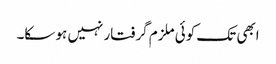
ابھی تک کوئی ملزم گرفتار نہیں ہو سکا۔